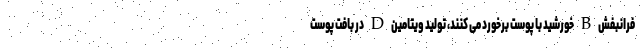
فرانبفش B خورشید با پوست برخورد می کنند، تولید ویتامین D در بافت پوست